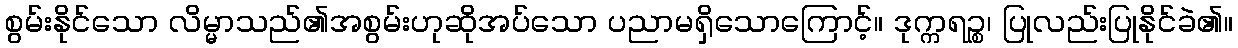
စွမ်းနိုင်သော လိမ္မာသည်၏အစွမ်းဟုဆိုအပ်သော ပညာမရှိသောကြောင့်။ ဒုက္ကရဉ္စ၊ ပြုလည်းပြုနိုင်ခဲ၏။